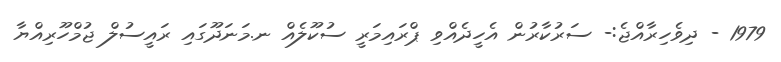
1979 - ދިވެހިރާއްޖެ:- ސަރުކާރުން އެހީދެއްވި ޕްރައިމަރީ ސުކޫލެއް ނ.މަނަދޫގައި ރައީސުލް ޖުމްހޫރިއްޔާ